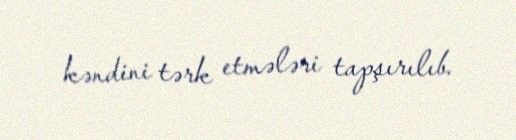
kəndini tərk etmələri tapşırılıb.